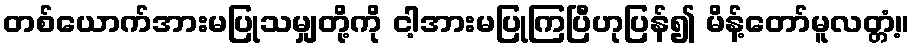
တစ်ယောက်အားမပြုသမျှတို့ကို ငါ့အားမပြုကြပြီဟုပြန်၍ မိန့်တော်မူလတ္တံ့။